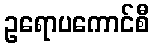
ဥရောပကောင်စီ